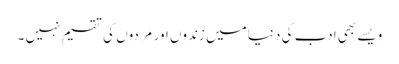
ویسے بھی ادب کی دنیا میں زندوں اور مُردوں کی تقسیم نہیں ۔